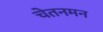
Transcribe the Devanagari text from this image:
चेतनमन